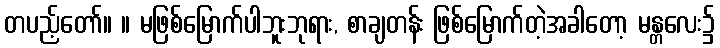
တပည့်တော်။ ။ မဖြစ်မြောက်ပါဘူးဘုရား, စာချတန်း ဖြစ်မြောက်တဲ့အခါတော့ မန္တလေး၌